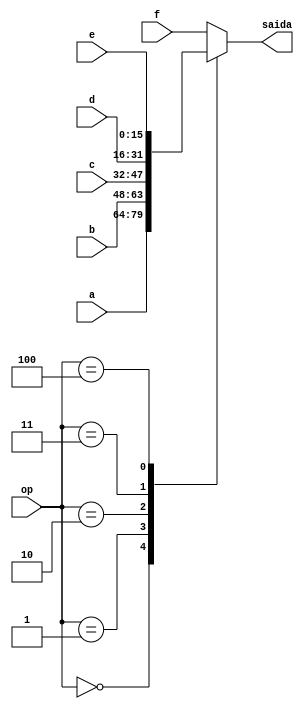
// Multiplexador de 6 entradas e 1 saida

module mux_six_to_one (
    input [2:0] op, 
    input [15:0] a,
    input [15:0] b, 
    input [15:0] c, 
    input [15:0] d, 
    input [15:0] e, 
    input [15:0] f, 
    output reg [15:0] saida
);

// OP cases:
// op = 000 -> endereco = a
// op = 001 -> endereco = b
// op = 010 -> endereco = c
// op = 011 -> endereco = d
// op = 100 -> endereco = e
// op = 101 -> endereco = f
// op = 11x -> endereco = f

always @(*) begin
    case (op)
        3'b000: saida = a;
        3'b001: saida = b;
        3'b010: saida = c;
        3'b011: saida = d;
        3'b100: saida = e;
        3'b101: saida = f;
        default: saida = f;
    endcase
end
    
endmodule